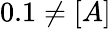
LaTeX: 0.1\neq[A]